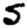
Digit: 5